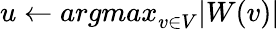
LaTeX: u\gets\textit{argmax}_{v\in V}|W(v)|